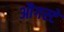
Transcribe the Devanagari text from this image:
औगस्टे